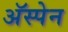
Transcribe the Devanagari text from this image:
अॅस्पेन